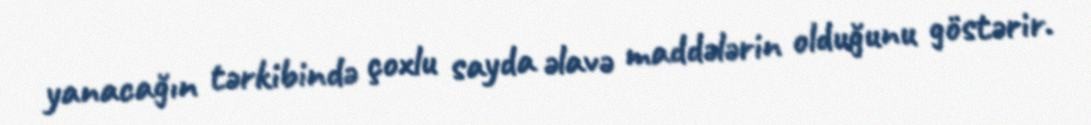
yanacağın tərkibində çoxlu sayda əlavə maddələrin olduğunu göstərir.